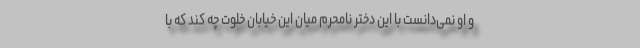
و او نمی‌دانست با این دختر نامحرم میان این خیابان خلوت چه کند که با